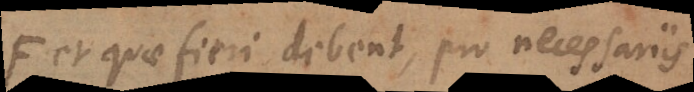
et quae fieri debent, pro necessariis